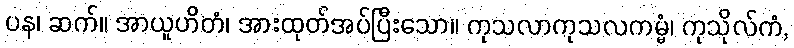
ပန၊ ဆက်။ အာယူဟိတံ၊ အားထုတ်အပ်ပြီးသော။ ကုသလာကုသလကမ္မံ၊ ကုသိုလ်ကံ,